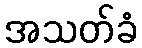
အသတ်ခံ